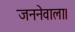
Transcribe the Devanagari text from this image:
जननेवाला।